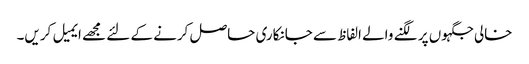
خالی جگہوں پر لگنے والے الفاظ سے جانکاری حاصل کرنے کے لئے مجھے ایمیل کریں۔